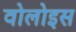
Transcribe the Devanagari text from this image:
वोलोइस